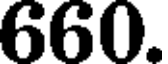
660.